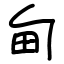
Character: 甸